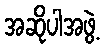
အဆိုပါအဖွဲ့